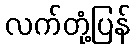
လက်တုံ့ပြန်